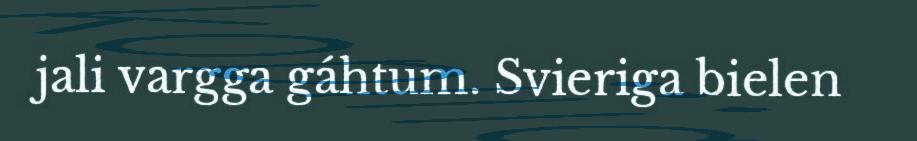
jali vargga gáhtum. Svieriga bielen